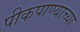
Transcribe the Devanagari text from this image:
पीकपाण्याच्या